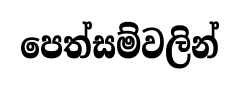
පෙත්සම්වලින්